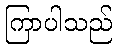
ကြာပါသည်